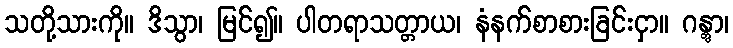
သတို့သားကို။ ဒိသွာ၊ မြင်၍။ ပါတရာသတ္တာယ၊ နံနက်စာစားခြင်းငှာ။ ဂန္တွာ၊